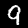
Label: 9